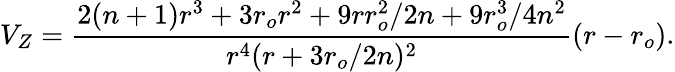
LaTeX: V_{Z}={\frac{2(n+1)r^{3}+3r_{o}r^{2}+9rr_{o}^{2}/2n+9r_{o}^{3}/4n^{2}}{r^{4}(r+3r_{o}/2n)^{2}}}(r-r_{o}).